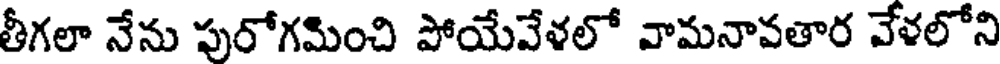
తీగలా నేను పురోగమించి పోయేవేళలో వామనావతార వేళలోని